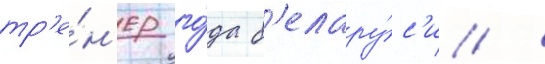
тр'е́н'ер го́да б'елару́с'и /